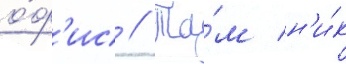
о́ф'ис // Та́м н'и́к